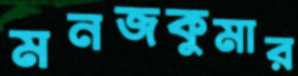
মনজকুমার